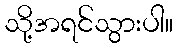
သို့အရင်သွားပါ။